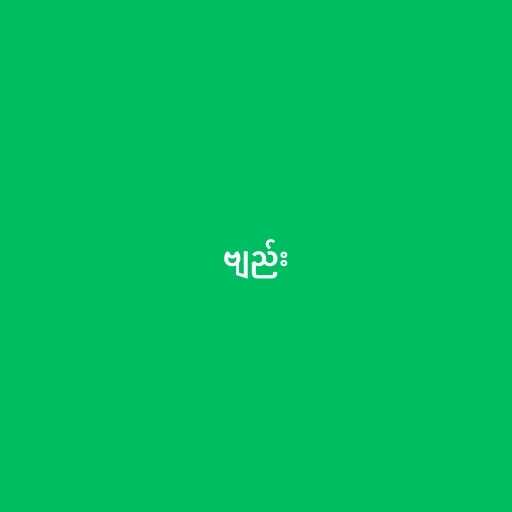
ဗျည်း